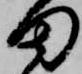
田